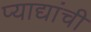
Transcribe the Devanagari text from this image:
प्याद्यांची